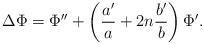
LaTeX: \begin{align*}\Delta \Phi = \Phi'' + \left(\frac{a'}{a}+ 2n \frac{b'}{b}\right)\Phi'.\end{align*}